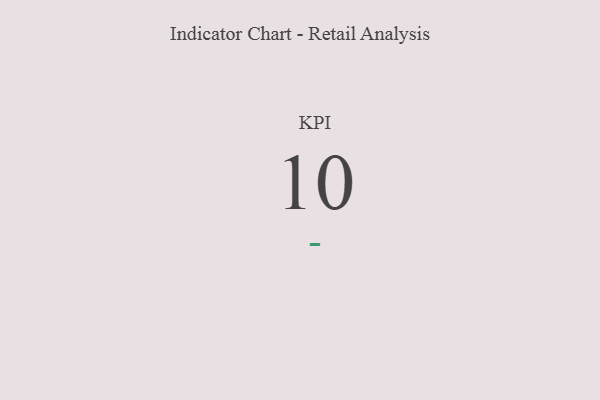
{"axis": {"x": "KPI", "y": "Value"}, "legend": [""], "data": [{"x": "KPI", "y": 10, "type": ""}]}